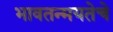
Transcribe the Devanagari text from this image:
भावतन्मयतेचे